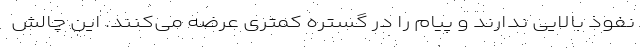
نفوذ بالایی ندارند و پیام را در گستره کمتری عرضه می‌کنند. این چالش